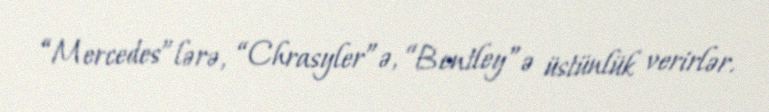
“Mercedes”lərə, “Chrasyler”ə, “Bentley”ə üstünlük verirlər.